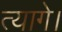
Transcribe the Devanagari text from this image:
त्यागे।